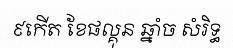
៩កើត ខែផល្គុន ឆ្នាំច សំរិទ្ធ